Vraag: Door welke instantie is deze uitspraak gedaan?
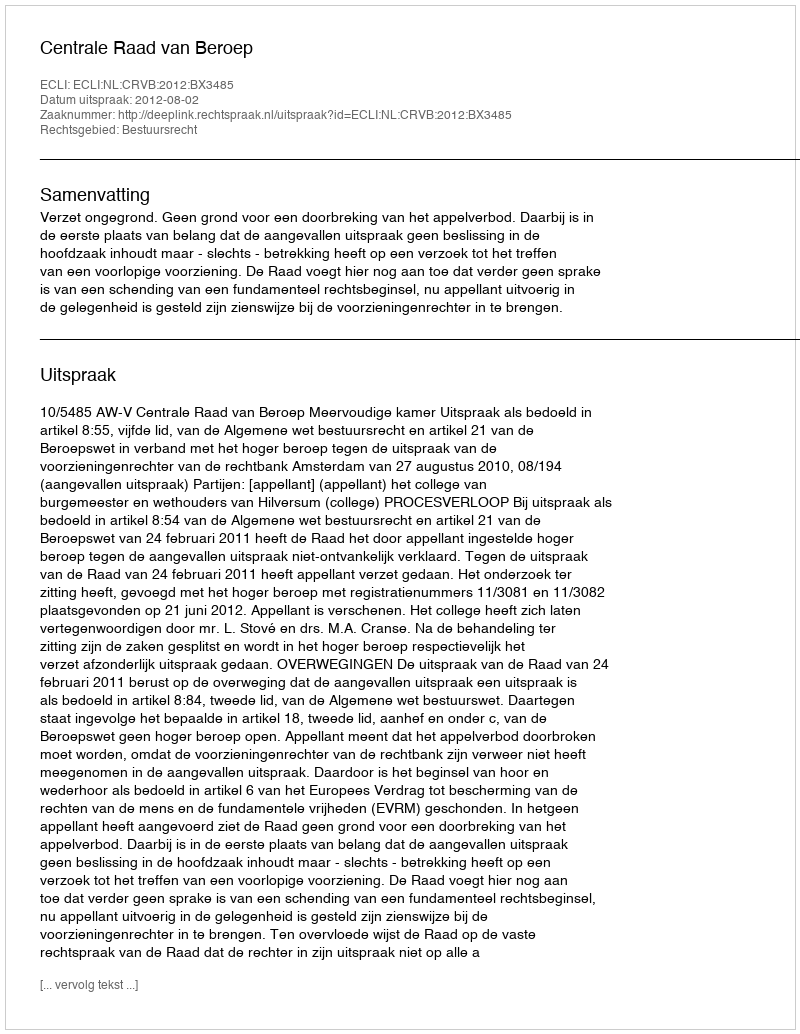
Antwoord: Centrale Raad van Beroep